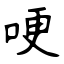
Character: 哽